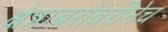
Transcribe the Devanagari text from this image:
क्षेत्राबरोबरीनेच